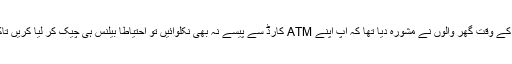
ٹھیک اسی دن صبح کے وقت گھر والوں نے مشورہ دیا تھا کہ آپ اپنے ATM کارڈ سے پیسے نہ بھی نکلوائیں تو احتیاطًا بیلنس ہی چیک کر لیا کریں تاکہ کارڈ ایکٹو رہے ۔